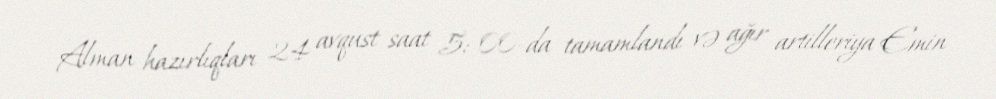
Alman hazırlıqları 24 avqust saat 5: 00-da tamamlandı və ağır artilleriya Emin